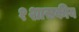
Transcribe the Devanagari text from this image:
१शासकीय